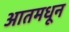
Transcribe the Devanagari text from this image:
आतमधून